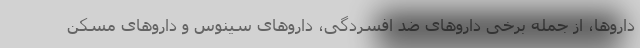
داروها، از جمله برخی داروهای ضد افسردگی، داروهای سینوس و داروهای مسکن